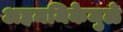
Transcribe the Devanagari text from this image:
अहममिकेमुळे